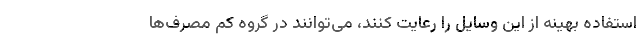
استفاده بهینه از این وسایل را رعایت کنند، می‌توانند در گروه کم مصرف‌ها